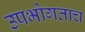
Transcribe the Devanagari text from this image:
उपभोगताच